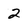
Character: 2